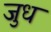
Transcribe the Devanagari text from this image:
जुध